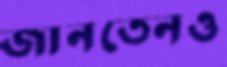
জানতেনও